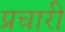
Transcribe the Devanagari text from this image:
प्रचारी